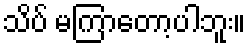
သိပ် မကြာတော့ပါဘူး။